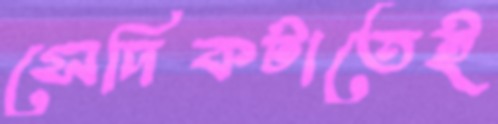
সেদিকটাতেই